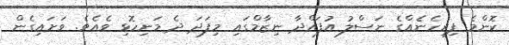
ކޮންމެ ފިރިހެނެއްގެ ނަސްލު އުފައްދާ ނިޒާމްގައި މިފަދަ ދެ މަނިހޮޅި ވެއެވެ. ވަށައިގެން